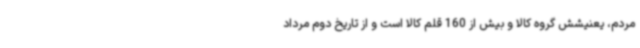
مردم، یعنیشش گروه کالا و بیش از 160 قلم کالا است و از تاریخ دوم مرداد